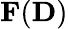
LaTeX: {\mathbf F}({\mathbf D})